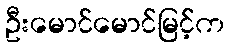
ဦးမောင်မောင်မြင့်က